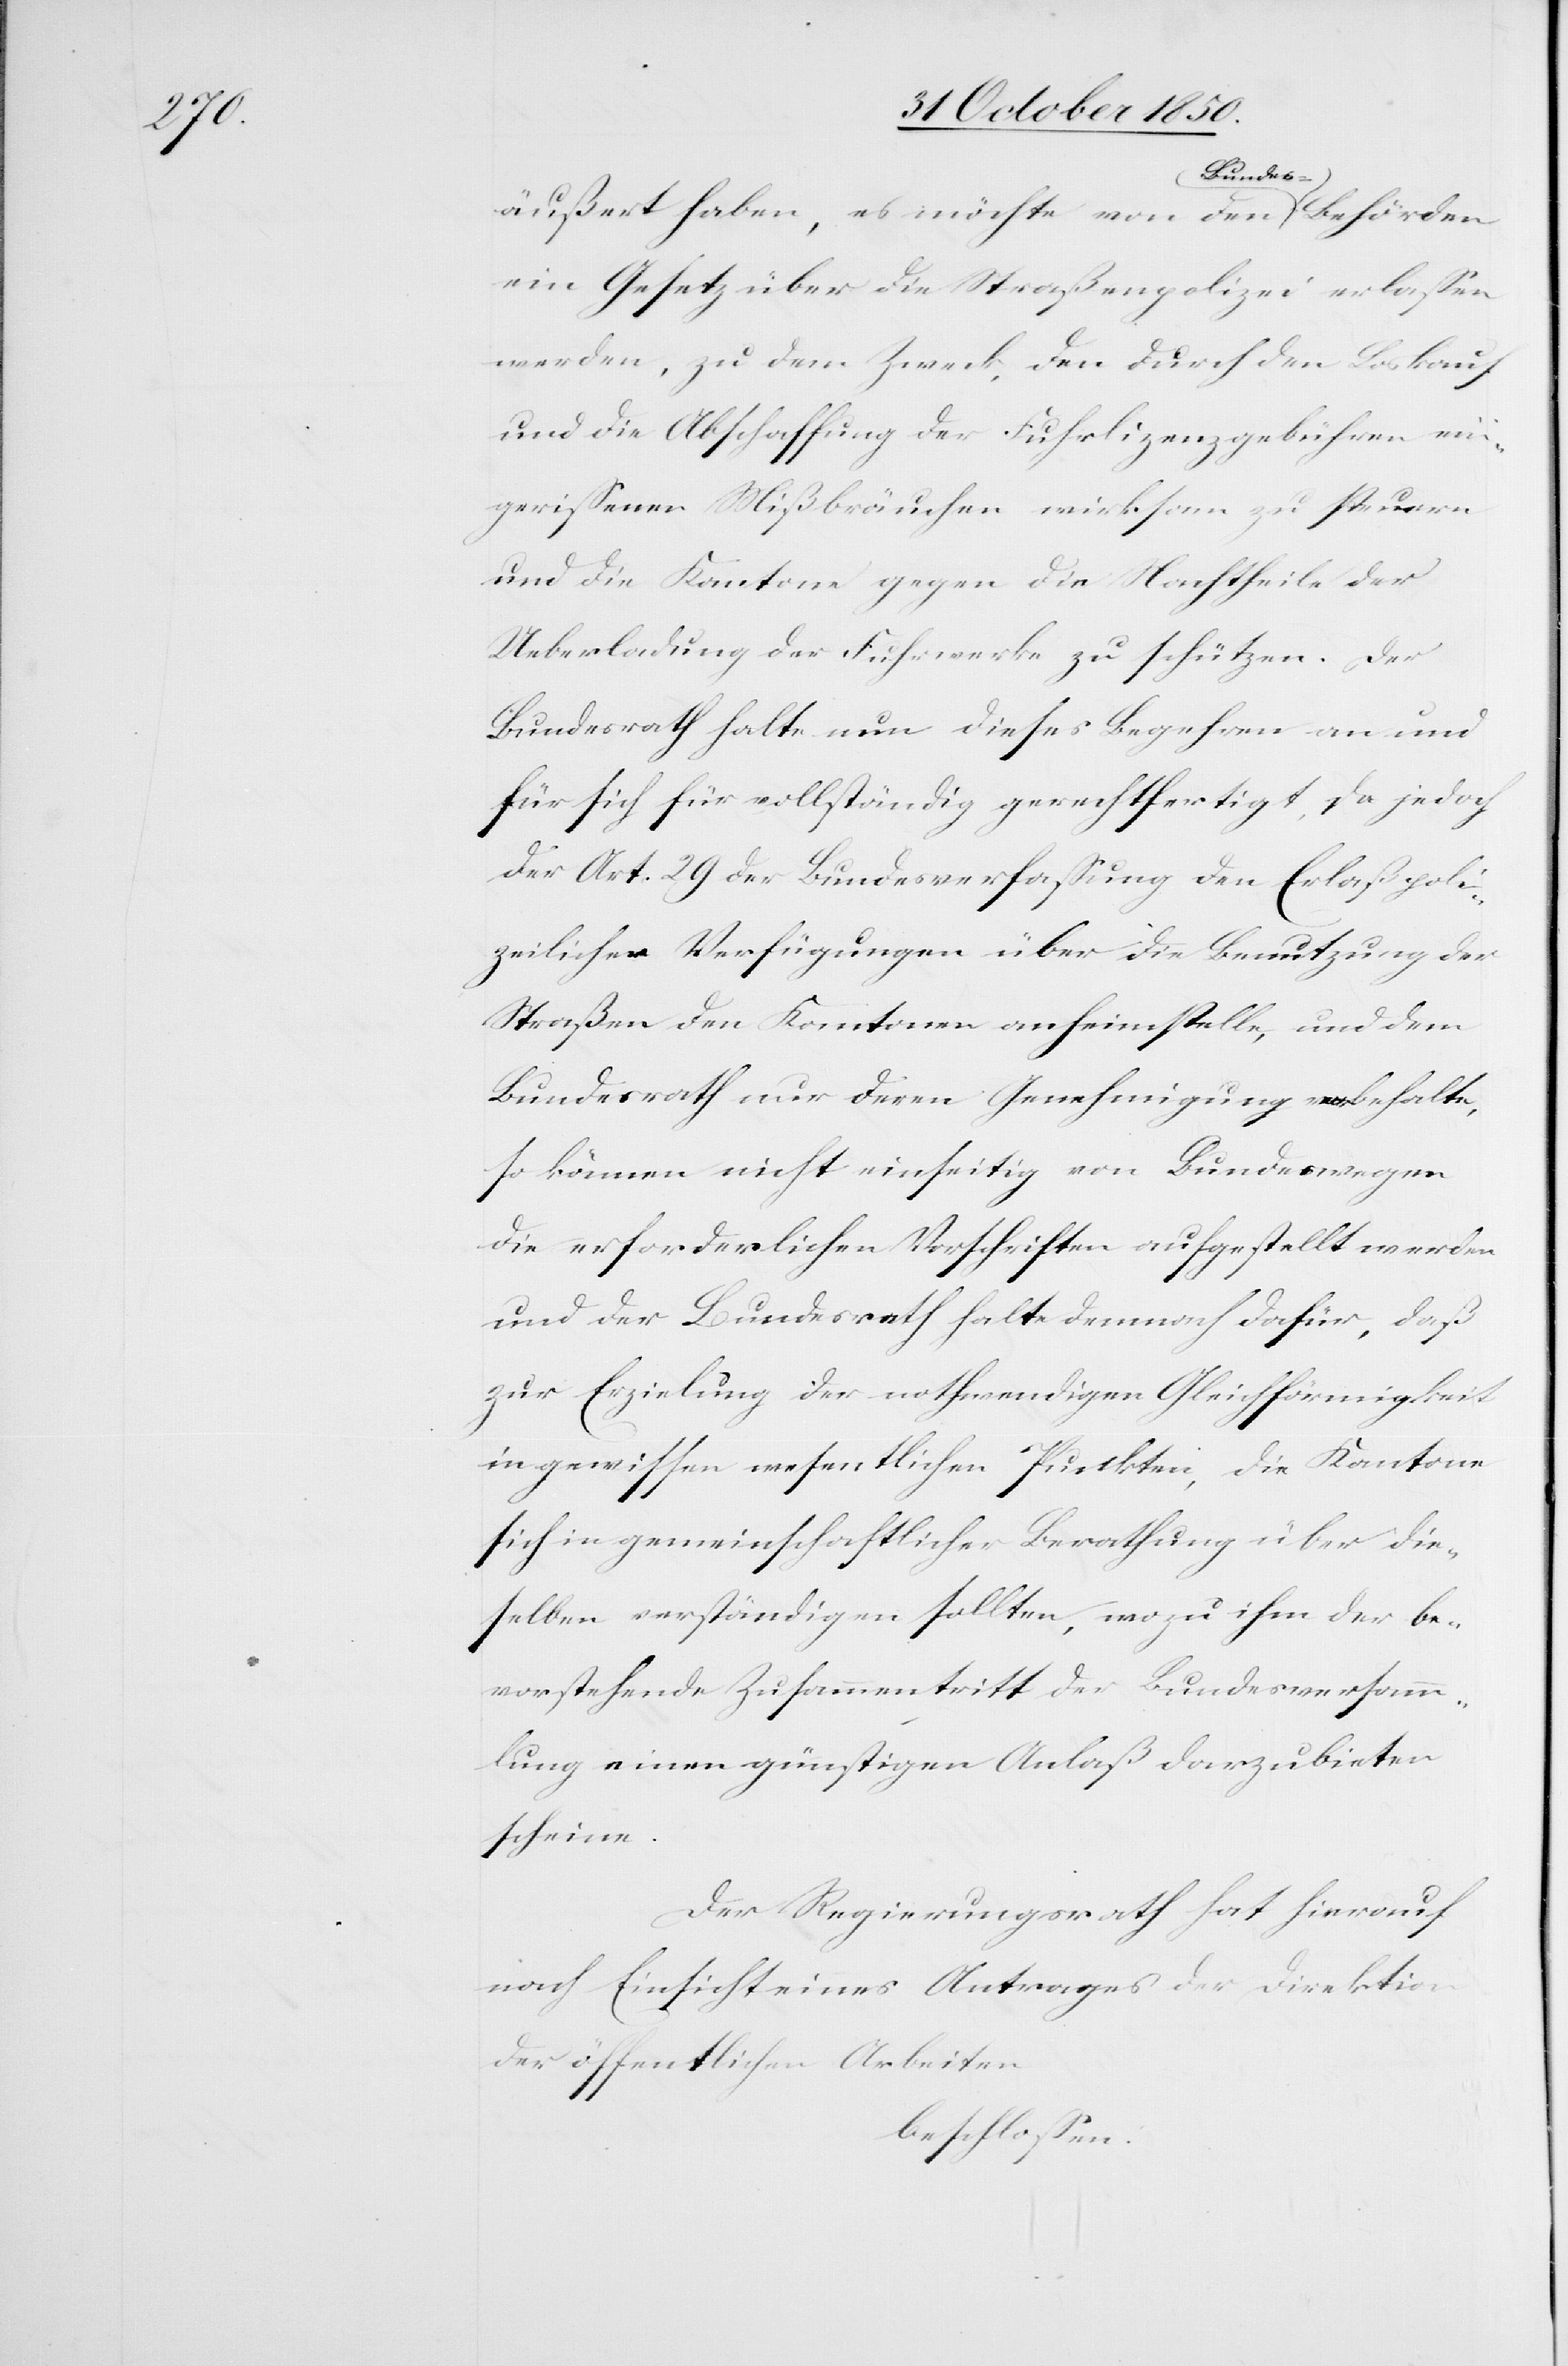
äußert haben, es möchte von den Bundes-Behörden
ein Gesetz über die Straßenpolizei erlassen
werden, zu dem Zweck, den durch den Loskauf
und die Abschaffung der Fuhrlizenzgebühren ein¬
gerissenen Mißbräuchen wirksam zu steuern
und die Kantone gegen die Nachtheile der
Ueberladung der Fuhrwerke zu schützen. Der
Bundesrath halte nun dieses Begehren an und
für sich für vollständig gerechtfertigt, da jedoch
der Art. 29 der Bundesverfassung den Erlaß poli¬
zeilicher Verfügungen über die Benutzung der
Straßen den Kantonen anheimstelle, und dem
Bundesrath nur deren Genehmigung vorbehalte,
so können nicht einseitig von Bundeswegen
die erforderlichen Vorschriften aufgestellt werden
und der Bundesrath halte demnach dafür, daß
zur Erzielung der nothwendigen Gleichförmigkeit
in gewissen wesentlichen Punkten, die Kantone
sich in gemeinschaftlicher Berathung über die¬
selben verständigen sollten, wozu ihm der be¬
vorstehende Zusammentritt der Bundesversamm¬
lung einen günstigen Anlaß darzubieten
scheine.
Der Regierungsrath hat hierauf
nach Einsicht eines Antrages der Direktion
der öffentlichen Arbeiten
beschlossen: